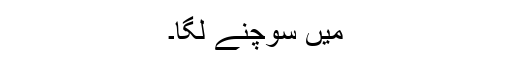
میں سوچنے لگا۔